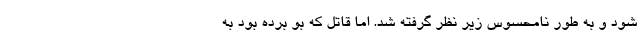
شود و به طور نامحسوس زیر نظر گرفته شد. اما قاتل که بو برده بود به